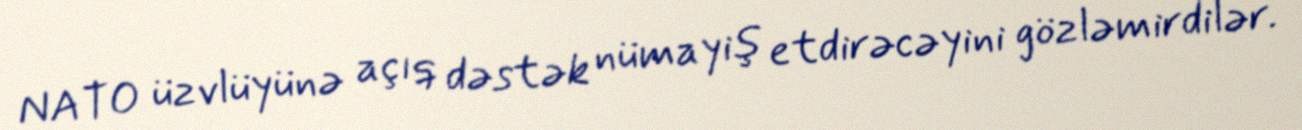
NATO üzvlüyünə açıq dəstək nümayiş etdirəcəyini gözləmirdilər.